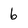
Character: b